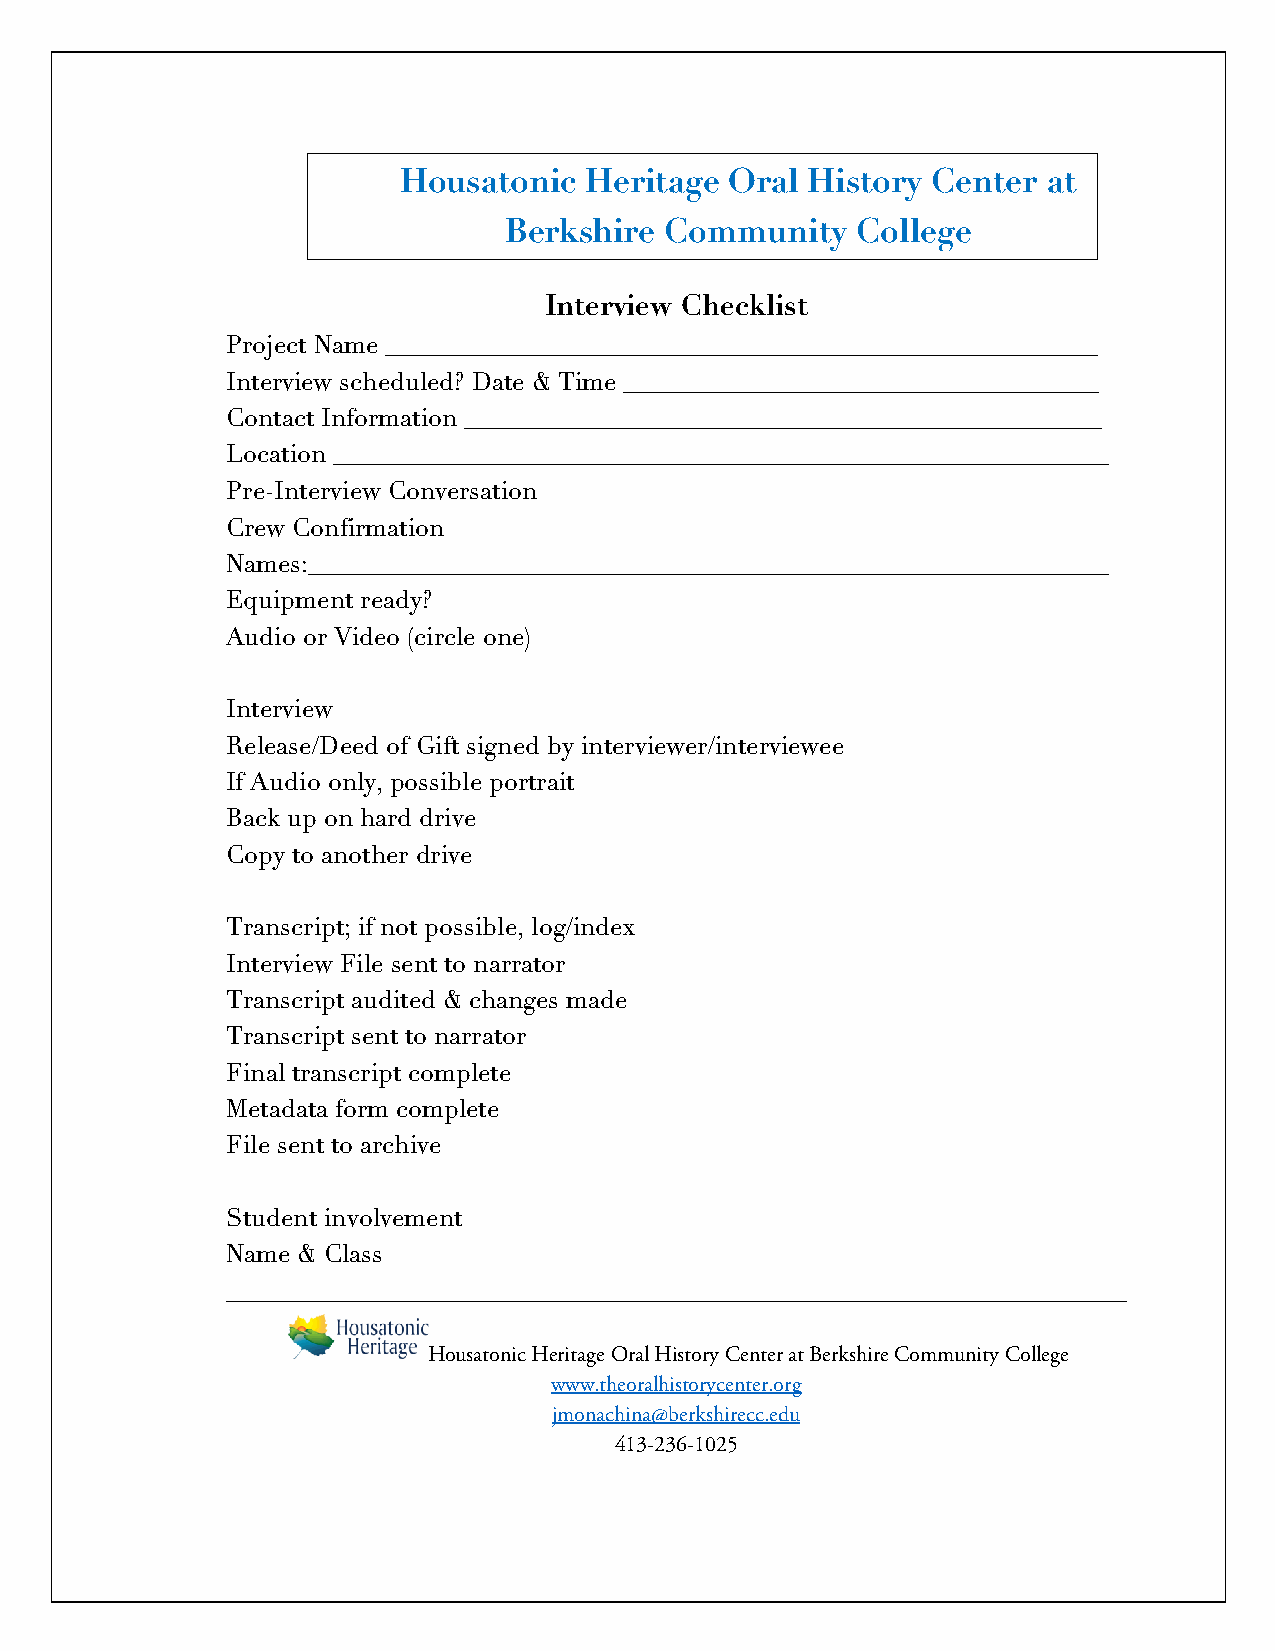
Housatonic   Heritage Oral  History Center at
 Berkshire  Community    College
 Interview Checklist
 Project Name _________________________________________________________
 Interview scheduled? Date & Time ______________________________________
 Contact Information ___________________________________________________
 Location ______________________________________________________________
 Pre-Interview Conversation
 Crew Confirmation
 Names:________________________________________________________________
 Equipment ready?
 Audio or Video (circle one)
 Interview
 Release/Deed of Gift signed by interviewer/interviewee
 If Audio only, possible portrait
 Back up on hard drive
 Copy to another drive
 Transcript; if not possible, log/index
 Interview File sent to narrator
 Transcript audited & changes made
 Transcript sent to narrator
 Final transcript complete
 Metadata form complete
 File sent to archive
 Student involvement
 Name & Class
 ________________________________________________________________________
 Housatonic Heritage Oral History Center at Berkshire Community College
 www.theoralhistorycenter.org
 jmonachina@berkshirecc.edu
 413-236-1025